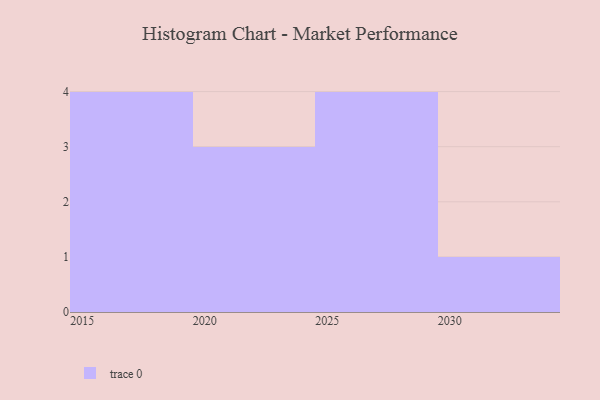
{"axis": {"x": "Year", "y": "Conversion Rate (%)"}, "legend": [""], "data": [{"x": "2028", "y": 76, "type": ""}, {"x": "2017", "y": 16, "type": ""}, {"x": "2016", "y": 92, "type": ""}, {"x": "2022", "y": 87, "type": ""}, {"x": "2021", "y": 70, "type": ""}, {"x": "2030", "y": 38, "type": ""}, {"x": "2020", "y": 30, "type": ""}, {"x": "2027", "y": 8, "type": ""}, {"x": "2019", "y": 96, "type": ""}, {"x": "2018", "y": 16, "type": ""}, {"x": "2025", "y": 33, "type": ""}, {"x": "2029", "y": 64, "type": ""}]}